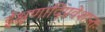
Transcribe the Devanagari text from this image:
ईक्षणादिप्रवेशान्तः